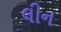
લીન